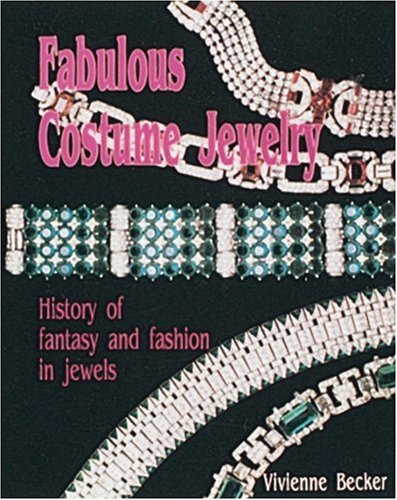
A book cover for Fabulous Costume Jewelry: History of Fantasy and Fashion in Jewels; Vivienne Becker; Crafts, Hobbies & Home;